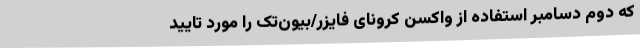
که دوم دسامبر استفاده از واکسن کرونای فایزر/بیون‌تک را مورد تایید